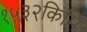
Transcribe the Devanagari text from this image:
१५३२किमि